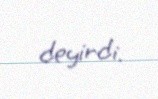
deyirdi.